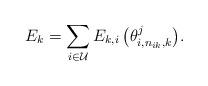
LaTeX: \begin{align*}\setlength{\abovedisplayskip}{4 pt}\setlength{\belowdisplayskip}{4 pt}{E_k} = \sum\limits_{i \in \mathcal{U}} {{E_{k,i}}\left( {\theta _{i,n_{ik},k}^j} \right)}.\end{align*}